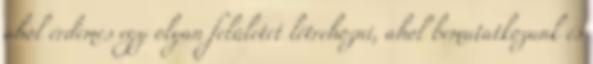
ahol érdemes egy olyan felületet létrehozni, ahol bemutatkozunk és